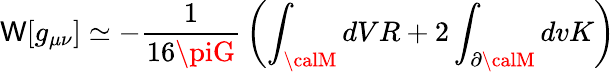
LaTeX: \mathsf{W}[g_{\mu\nu}]\simeq-{\frac{{1}}{{16\piG}}}\left(\int_{\calM}dVR+2\int_{\partial{\calM}}dvK\right)